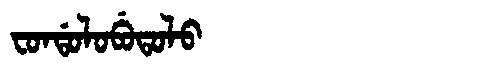
Manchu: ᠸᠣᠨᡩᠣᠯᠣᠪᡠᡨᠣᠯᠣ
Romanization: FONDOLOBUTOLO